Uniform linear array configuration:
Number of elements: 48
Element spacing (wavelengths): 1
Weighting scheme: hann
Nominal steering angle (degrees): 0
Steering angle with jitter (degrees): -0.8988
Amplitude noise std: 0.05
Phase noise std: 0.05

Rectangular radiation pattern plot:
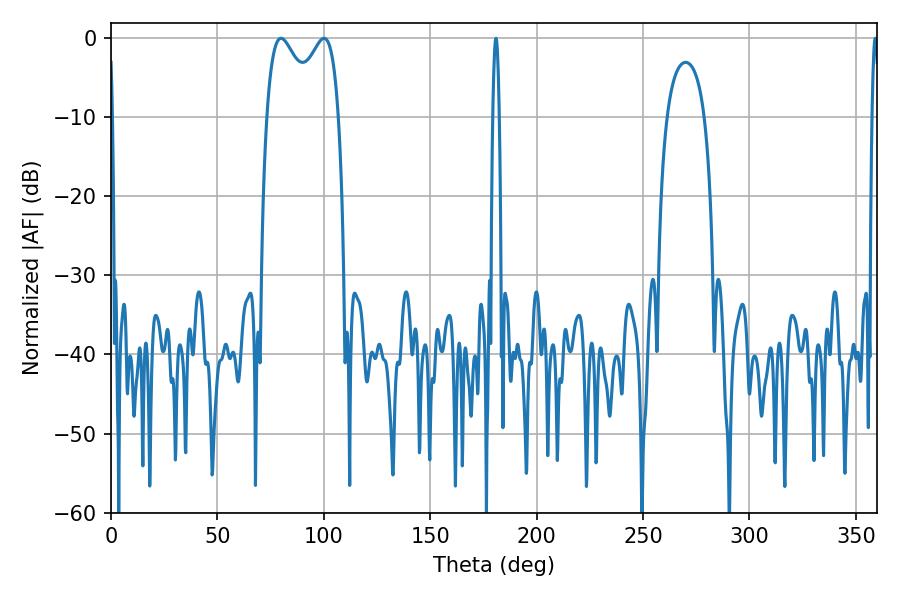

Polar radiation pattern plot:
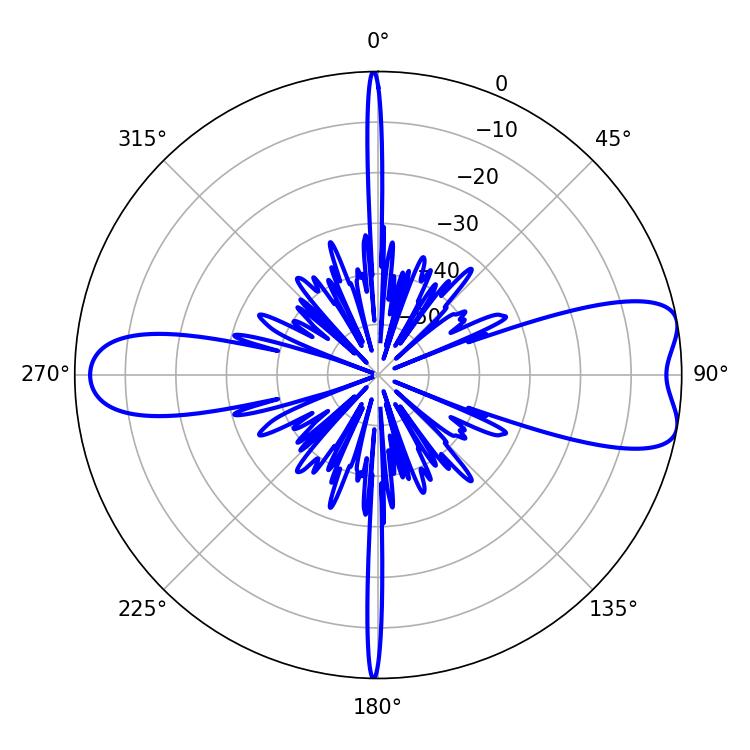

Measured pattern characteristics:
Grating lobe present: TRUE
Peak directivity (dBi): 8.471
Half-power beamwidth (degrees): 13.5
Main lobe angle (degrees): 79.92